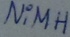
Text: NiMH